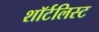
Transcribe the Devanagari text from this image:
शॉर्टलिस्ट